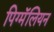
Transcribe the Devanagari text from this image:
पिग्मॅलियन